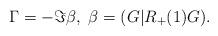
LaTeX: \begin{align*}\Gamma =-\Im \beta,\ \beta=(G|R_+(1)G).\end{align*}